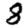
Digit: 8